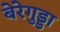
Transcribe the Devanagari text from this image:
बेरेगुड्डा